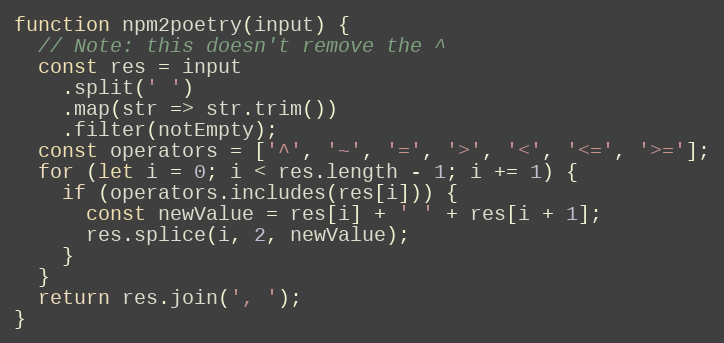
Language: JavaScript
function npm2poetry(input) {
  // Note: this doesn't remove the ^
  const res = input
    .split(' ')
    .map(str => str.trim())
    .filter(notEmpty);
  const operators = ['^', '~', '=', '>', '<', '<=', '>='];
  for (let i = 0; i < res.length - 1; i += 1) {
    if (operators.includes(res[i])) {
      const newValue = res[i] + ' ' + res[i + 1];
      res.splice(i, 2, newValue);
    }
  }
  return res.join(', ');
}